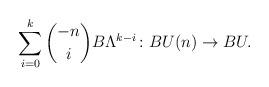
LaTeX: \begin{align*}\sum_{i=0}^{k} {-n \choose i} B\Lambda^{k-i} \colon BU(n) \to BU.\end{align*}